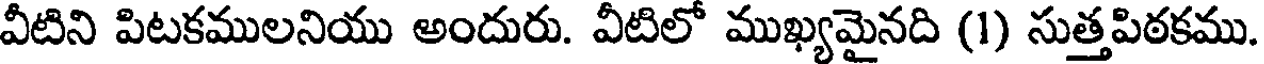
వీటిని పిటకములనియు అందురు. వీటిలో ముఖ్యమైనది (1) సుత్తపిఠకము.